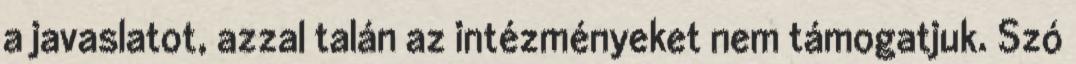
a javaslatot, azzal talán az intézményeket nem támogatjuk. Szó